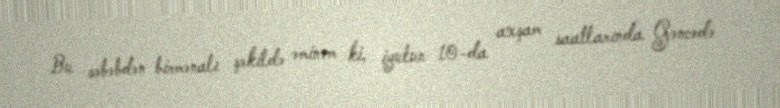
Bu səbəbdən birmənalı şəkildə əminəm ki, iyulun 10-da axşam saatlarında Gəncədə